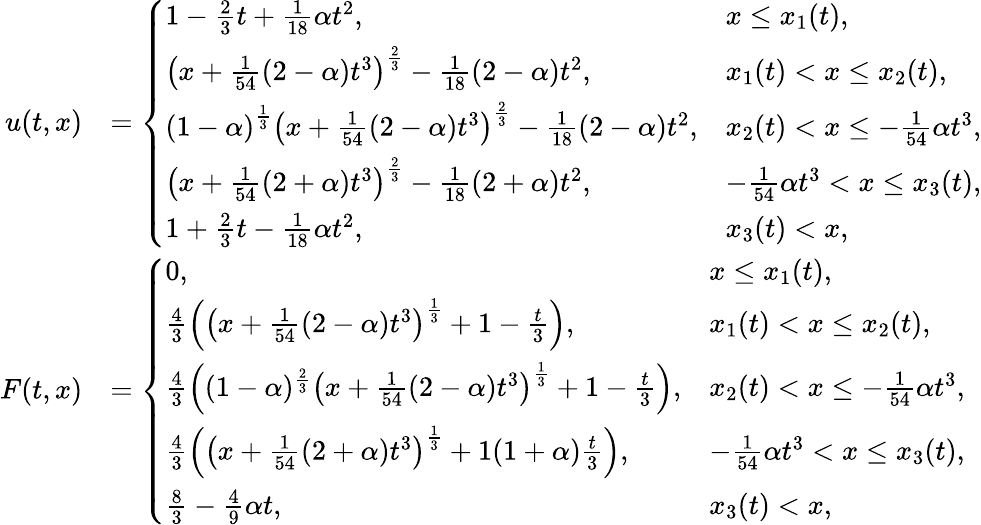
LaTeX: \begin{array}{rl}{u(t,x)}&{=\left\{ \begin{array}{ll}{1-\frac{2}{3}t+\frac{1}{18}\alpha t^{2},}&{x\leq x_{1}(t),}\\ {\left(x+\frac{1}{54}(2-\alpha)t^{3}\right)^{\frac{2}{3}}-\frac{1}{18}(2-\alpha)t^{2},}&{x_{1}(t)<x\leq x_{2}(t),}\\ {\left(1-\alpha\right)^{\frac{1}{3}}\left(x+\frac{1}{54}(2-\alpha)t^{3}\right)^{\frac{2}{3}}-\frac{1}{18}(2-\alpha)t^{2},}&{x_{2}(t)<x\leq-\frac{1}{54}\alpha t^{3},}\\ {\left(x+\frac{1}{54}(2+\alpha)t^{3}\right)^{\frac{2}{3}}-\frac{1}{18}(2+\alpha)t^{2},}&{-\frac{1}{54}\alpha t^{3}<x\leq x_{3}(t),}\\ {1+\frac{2}{3}t-\frac{1}{18}\alpha t^{2},}&{x_{3}(t)<x,}\end{array}\right.}\\ {F(t,x)}&{=\left\{ \begin{array}{ll}{0,}&{x\leq x_{1}(t),}\\ {\frac{4}{3}\left(\left(x+\frac{1}{54}(2-\alpha)t^{3}\right)^{\frac{1}{3}}+1-\frac{t}{3}\right),}&{x_{1}(t)<x\leq x_{2}(t),}\\ {\frac{4}{3}\left((1-\alpha)^{\frac{2}{3}}\left(x+\frac{1}{54}(2-\alpha)t^{3}\right)^{\frac{1}{3}}+1-\frac{t}{3}\right),}&{x_{2}(t)<x\leq-\frac{1}{54}\alpha t^{3},}\\ {\frac{4}{3}\left(\left(x+\frac{1}{54}(2+\alpha)t^{3}\right)^{\frac{1}{3}}+1(1+\alpha)\frac{t}{3}\right),}&{-\frac{1}{54}\alpha t^{3}<x\leq x_{3}(t),}\\ {\frac{8}{3}-\frac{4}{9}\alpha t,}&{x_{3}(t)<x,}\end{array}\right.}\end{array}